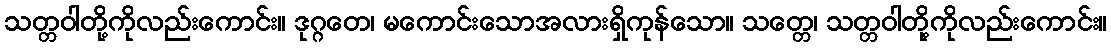
သတ္တဝါတို့ကိုလည်းကောင်း။ ဒုဂ္ဂတေ၊ မကောင်းသောအလားရှိကုန်သော။ သတ္တေ၊ သတ္တဝါတို့ကိုလည်းကောင်း။